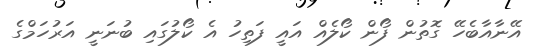
އޭނާއާބެހޭ ގޮތުން ފޯން ކޯލެއް އައީ ފަތިހު އެ ކޯލުގައި ބުނަނީ އަރުހަމްްގެ